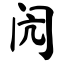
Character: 闶